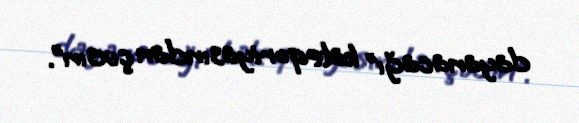
dayanacağı” kateqoriyasından çıxsın”.